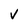
Character: V